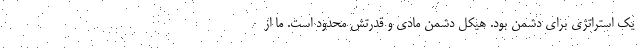
یک استراتژی برای دشمن بود. هیکل دشمن مادی و قدرتش محدود است. ما از